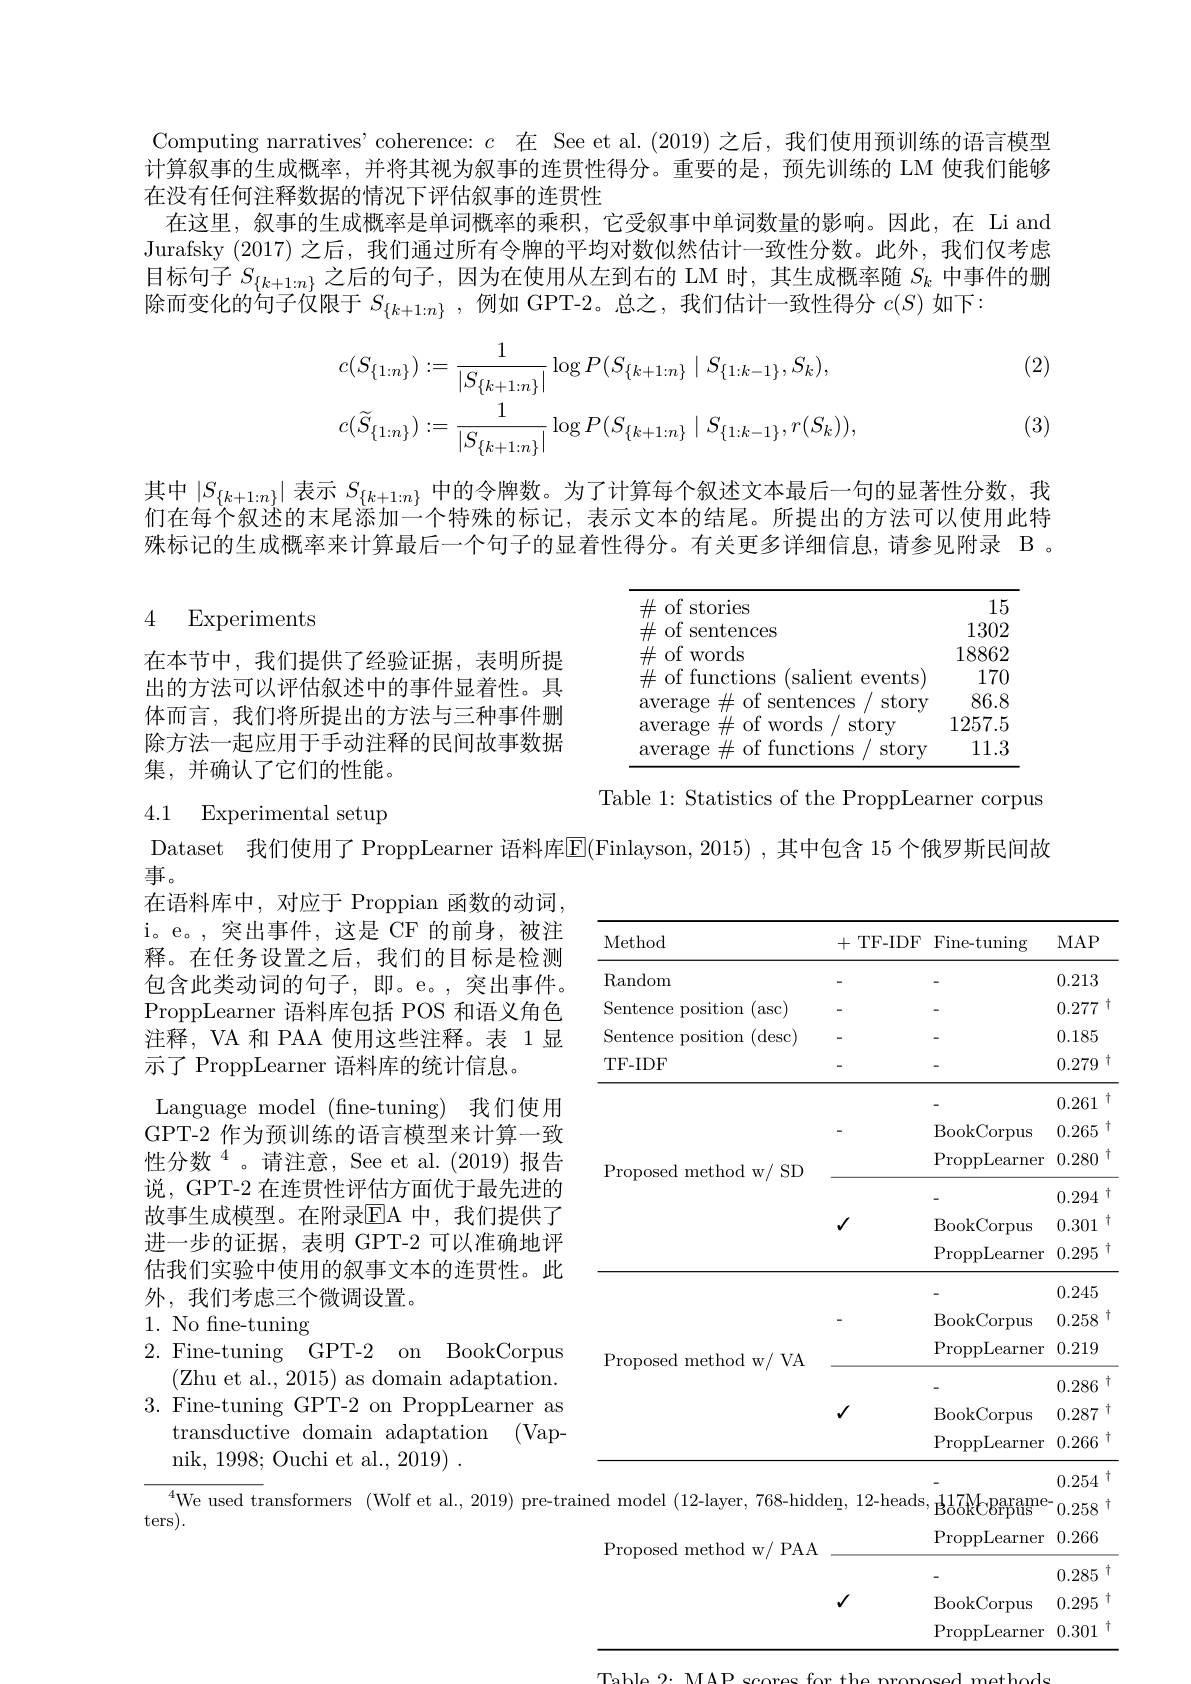
Computing narratives'coherence: $c$在 See et al.(2019)之后，我们使用预训练的语言模型计算叙事的生成概率，并将其视为叙事的连贯性得分。重要的是，预先训练的 LM 使我们能够在没有任何注释数据的情况下评估叙事的连贯性
在这里，叙事的生成概率是单词概率的乘积，它受叙事中单词数量的影响。因此，在 Li and Jurafsky (2017) 之后，我们通过所有令牌的平均对数似然估计一致性分数。此外，我们仅考虑目标句子$S_{\{k+1:n\}}$之后的句子，因为在使用从左到右的 LM 时，其生成概率随$S_k$中事件的删除而变化的句子仅限于$S_{\{k+1:n\}}$,例如 GPT-2。总之，我们估计一致性得分$c(S)$如下：

(2)
$$c(S_{\{1:n\}}):=\frac{1}{|S_{\{k+1:n\}}|}\log P(S_{\{k+1:n\}}\mid S_{\{1:k-1\}},S_{k}),\\c(\widetilde{S}_{\{1:n\}}):=\frac{1}{|S_{\{k+1:n\}}|}\log P(S_{\{k+1:n\}}\mid S_{\{1:k-1\}},r(S_{k})),$$
(3)

其中$\left|S_{\{k+1:n\}}\right|$表示$S_{\{k+1:n\}}$中的令牌数。为了计算每个叙述文本最后一句的显著性分数，我们在每个叙述的末尾添加一个特殊的标记，表示文本的结尾。所提出的方法可以使用此特殊标记的生成概率来计算最后一个句子的显着性得分。有关更多详细信息，请参见附录 B 。

# 4 Experiments

<FigureHere>

在本节中，我们提供了经验证据，表明所提出的方法可以评估叙述中的事件显着性。具体而言，我们将所提出的方法与三种事件删除方法一起应用于手动注释的民间故事数据集，并确认了它们的性能。

Table 1: Statistics of the ProppLearner corpus

# 4.1 Experimental setup

Dataset 我们使用了 ProppLearner 语料库$\overline{\mathbb{E}}($Finlayson, 2015) ,其中包含 15 个俄罗斯民间故
事。
在语料库中，对应于 Proppian 函数的动词i。e。,突出事件，这是 CF 的前身，被注释。在任务设置之后，我们的目标是检测包含此类动词的句子，即。e。,突出事件。ProppLearner 语料库包括 POS 和语义角色注释，VA 和 PAA 使用这些注释。表 1显示了 ProppLearner 语料库的统计信息。
Language model (fine-tuning) 我们使用GPT-2 作为预训练的语言模型来计算一致性分数$^{4}$。请注意，See et al.(2019)报告说，GPT-2 在连贯性评估方面优于最先进的故事生成模型。在附录$\operatorname{EA}$ 中，我们提供了进一步的证据，表明 GPT-2 可以准确地评估我们实验中使用的叙事文本的连贯性。此外，我们考虑三个微调设置。
1. No fine-tuning

<table>
	<tbody>
		<tr>
			<th>Method</th>
			<th>+ TF- IDF</th>
			<th>Fine- tuning</th>
			<th>MAP</th>
		</tr>
		<tr>
			<td>Random</td>
			<td> </td>
			<td> </td>
			<td>0.213</td>
		</tr>
		<tr>
			<td>Sentence position $(\mathrm{asc}^{\circ}$</td>
			<td> </td>
			<td> </td>
			<td>0.277</td>
		</tr>
		<tr>
			<td>Sentence position (desc)</td>
			<td> </td>
			<td> </td>
			<td>0.185</td>
		</tr>
		<tr>
			<td>TF- IDF</td>
			<td> </td>
			<td> </td>
			<td>0.279</td>
		</tr>
		<tr>
			<td rowspan="6">Proposed method w/ SD</td>
			<td> </td>
			<td> </td>
			<td>0.261 </td>
		</tr>
		<tr>
			<td> </td>
			<td>$\operatorname{BookCorpus}$</td>
			<td>0.265</td>
		</tr>
		<tr>
			<td> </td>
			<td>$\operatorname{ProppLearner}$</td>
			<td>0.280</td>
		</tr>
		<tr>
			<td> </td>
			<td> </td>
			<td>0.294</td>
		</tr>
		<tr>
			<td rowspan="2">$√$</td>
			<td>$\operatorname{BookCorpus}$</td>
			<td>0.301 1</td>
		</tr>
		<tr>
			<td>$\operatorname{ProppLearner}$</td>
			<td>0.295</td>
		</tr>
		<tr>
			<td rowspan="6">Proposed method w/ VA</td>
			<td> </td>
			<td> </td>
			<td>0.245</td>
		</tr>
		<tr>
			<td> </td>
			<td>$\operatorname{BookCorpus}$</td>
			<td>0.258</td>
		</tr>
		<tr>
			<td> </td>
			<td>$\operatorname{ProppLearner}$</td>
			<td>0.219</td>
		</tr>
		<tr>
			<td> </td>
			<td> </td>
			<td>0.286</td>
		</tr>
		<tr>
			<td>$√$</td>
			<td>BookCorpus</td>
			<td>0.287</td>
		</tr>
		<tr>
			<td> </td>
			<td>$\operatorname{ProppLearner}$</td>
			<td>0.266</td>
		</tr>
		<tr>
			<td> </td>
			<td> </td>
			<td> </td>
			<td>0.254</td>
		</tr>
		<tr>
			<td>${\mathrm{ned~model~(12-layer,~768-hidd}}$</td>
			<td>$12{\mathrm{-}}$heads $\exp$,</td>
			<td>${\mathrm{Bo}}^{17}$KCBrpus</td>
			<td>0.258</td>
		</tr>
		<tr>
			<td rowspan="4">Proposed method w/ PAA</td>
			<td> </td>
			<td>$\operatorname{ProppLearner}$</td>
			<td>0.266</td>
		</tr>
		<tr>
			<td> </td>
			<td> </td>
			<td>0.285</td>
		</tr>
		<tr>
			<td>$√$</td>
			<td>$\operatorname{BookCorpus}$</td>
			<td>0.295</td>
		</tr>
		<tr>
			<td> </td>
			<td>ProppL $\operatorname{earner}$</td>
			<td>0.301</td>
		</tr>
	</tbody>
</table>
Tablo $2\cdot$ MAP scoroc for tho nronocod mothods

2. Fine-tuning GPT-2 on BookCorpus

(Zhu et al., 2015) as domain adaptation.

3. Fine-tuning GPT-2 on ProppLearner as

transductive domain adaptation (Vap-

nik, 1998; Ouchi et al., 2019)

$^{4}$We used transformers (Wolf et al., 2019)

ters).